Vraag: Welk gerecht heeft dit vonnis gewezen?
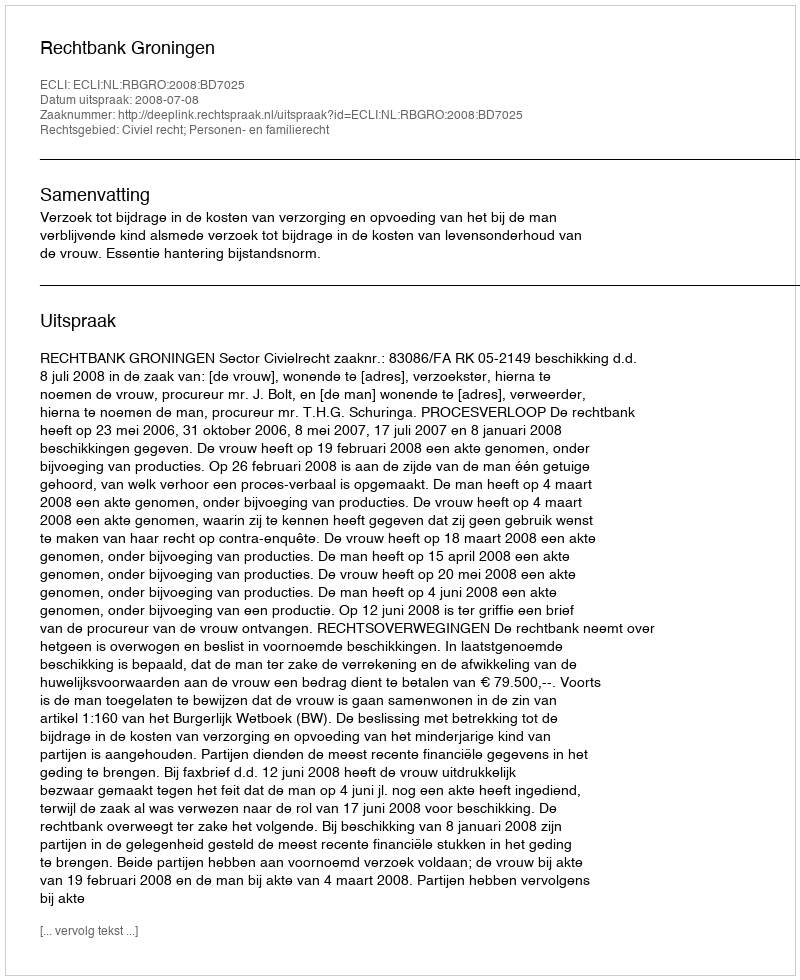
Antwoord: Rechtbank Groningen